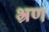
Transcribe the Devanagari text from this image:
भ्रण